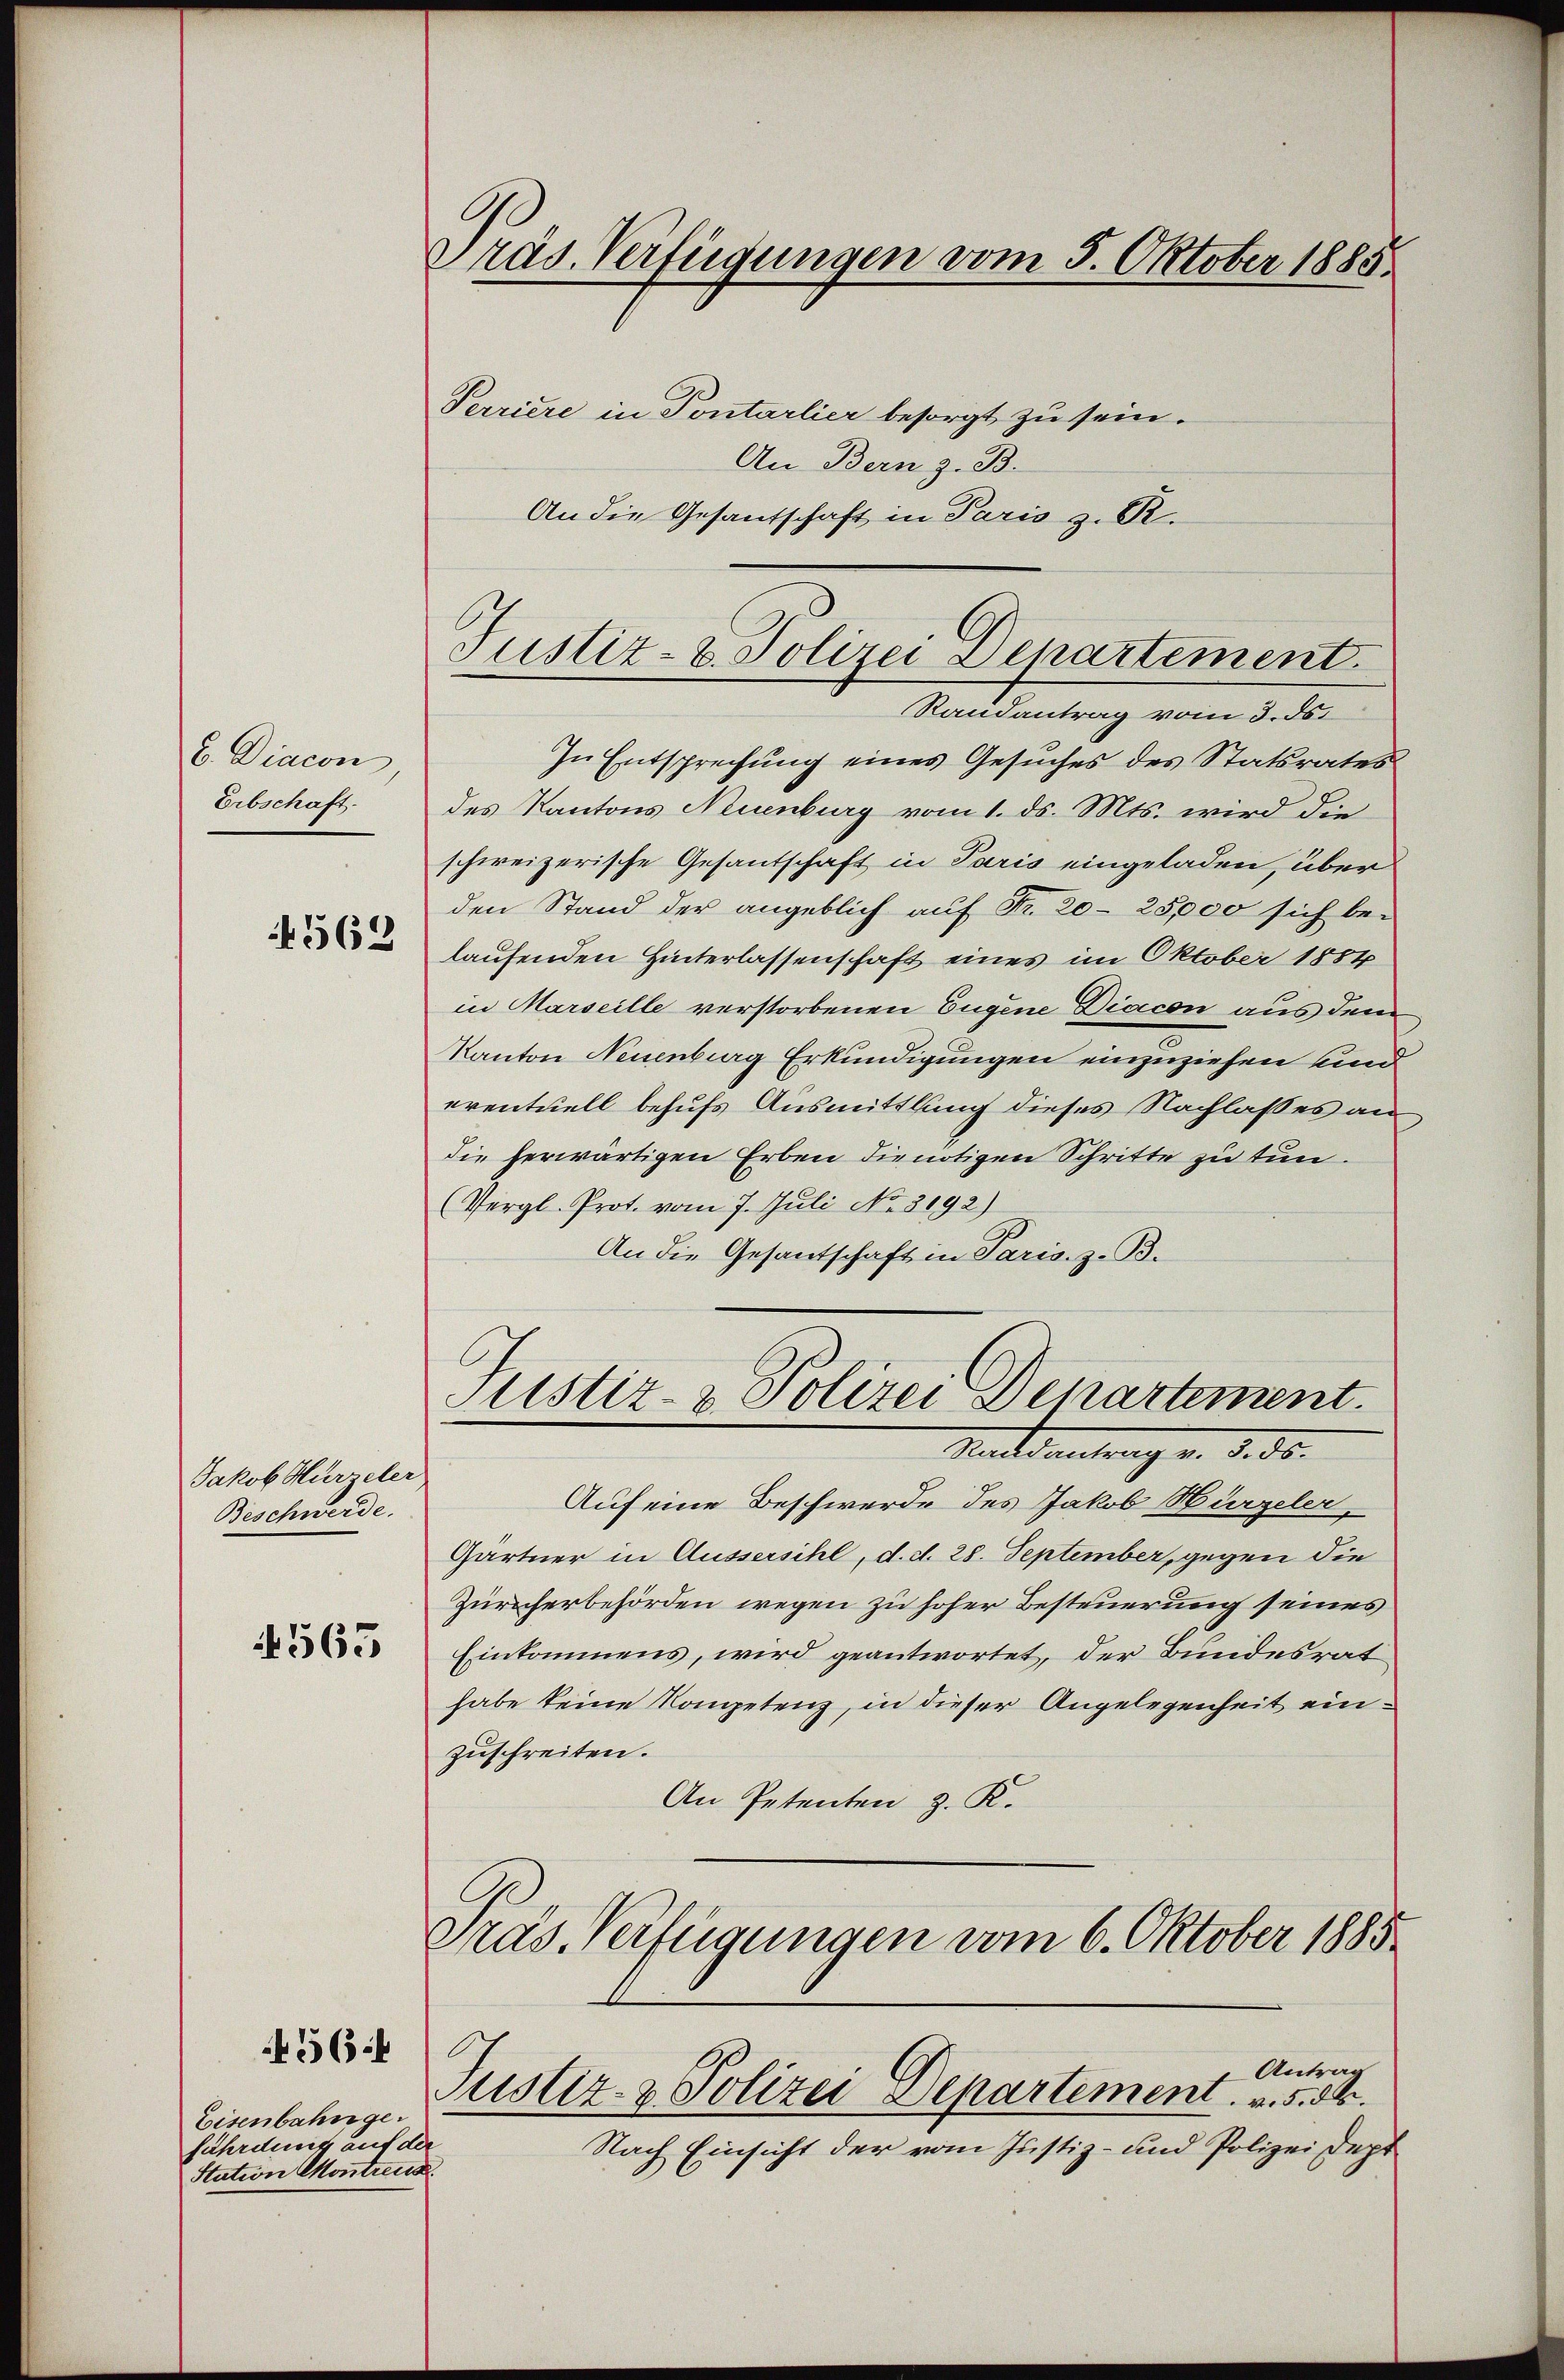
b. Diacon
Erbschaft.
4562

Jakob Hirzeler
Beschwerde.

563

4564

Eisenbahngefährdung auf der
Station Montreus

Präs. Verfügungen vom 5. Oktober 1885.

Perriere in Pontarlier besorgt zu sein.
An Bern z. B.
An die Gesantschaft in Paris z. R.

Justiz- & Polizei Departement.

Randantrag vom 3. ds.
In Entsprechung eines Gesuches des Statsrates
des Kantons Neuenburg vom 1. ds. Mts. wird die
schweizerische Gesantschaft in Paris eingeladen, über
den Stand der angeblich auf Fr. 20. 25,000 sich be-
laufenden Hinterlassenschaft eines im Oktober 1884
in Marseille verstorbenen Eugene Diacon aus dem
Kanton Neuenburg Erkundigungen einzuziehen und
eventuell behufs Ausmittlung dieses Nachlasses an,
die herwärtigen Erben die nötigen Schritte zu tun.
(Vergl. Prot. vom 7. Juli No. 3192)
An die Gesantschaft in Paris. z. B.
Justiz- & Polizei Departement.
Saddeutung v. d. 30.
Auf eine Beschwerde des Jakob Hirzeler,
Gärtner in Aussersihl, d. d. 28. September, gegen die
Züricherbehörden wegen zu hoher Besteuerung seines
Einkommens, wird geantwortet, der Bundesrat
habe keine Kompetenz, in dieser Angelegenheit einzuschreiten.
An Petenten z. K.
Präs. Verfügungen vom 6. Oktober 1885

Antrag
Justiz- & Polizei Departement. v. 5. 84.

Nach Einsicht der vom Justiz- und Polizei dept